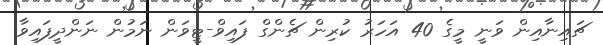
ޗައިނާއިން ވަނީ މީގެ 40 އަހަރު ކުރިން ޗެންގް ފައިވް-ޓީވަން ނަމުން ނަންދީފައިވާ